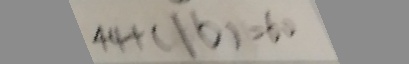
4 4 + ( 1 6 ) = 6 0